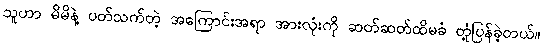
သူဟာ မိမိနဲ့ ပတ်သက်တဲ့ အကြောင်းအရာ အားလုံးကို ဆတ်ဆတ်ထိမခံ တုံ့ပြန်ခဲ့တယ်။